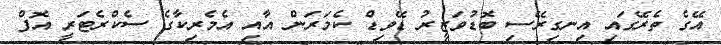
އޭގެ ތެރޭގައި އިނގިރޭސި ބޮޑުވަޒީރު ޑޭވިޑް ކެމަރަން އާއި އެމެރިކާގެ ސެކްރެޓަރީ އޮފް